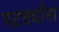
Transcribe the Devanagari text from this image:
पटवर्धांना